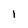
Character: I